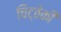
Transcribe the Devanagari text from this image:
चिट्ठेकी